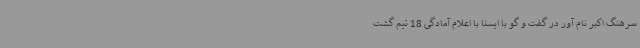
سرهنگ اکبر نام آور در گفت و گو با ایسنا با اعلام آمادگی 18 تیم گشت